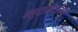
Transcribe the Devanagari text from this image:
ग्लूटामैटर्जिक